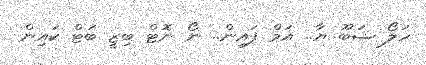
ހަލޯ ޝަބޫ ޔާ.. އަމް ފައިން.. ނޯ ނޮޓް ބިޒީ ބަޓް ކައިން